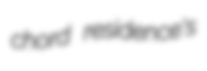
chord residence's